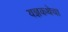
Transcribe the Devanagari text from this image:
यज्ञकथेचा